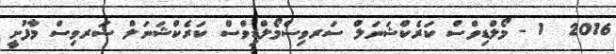
2016  1 - މޯލްޑިވްސް ކަރެކްޝަނަލް ސަރވިސްމޯލްޑިވްސް ކަރެކްޝަނަލް ސަރވިސް މާފުށީ